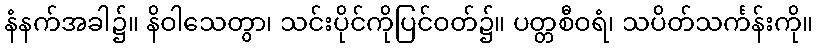
နံနက်အခါ၌။ နိဝါသေတွာ၊ သင်းပိုင်ကိုပြင်ဝတ်၌။ ပတ္တစီဝရံ၊ သပိတ်သင်္ကန်းကို။